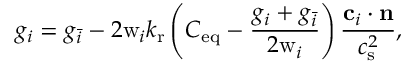
g _ { i } = g _ { \bar { i } } - 2 \mathrm { w } _ { i } k _ { \mathrm { r } } \left( C _ { \mathrm { e q } } - \frac { g _ { i } + g _ { \bar { i } } } { 2 \mathrm { w } _ { i } } \right) \frac { \mathbf { c } _ { i } \cdot \mathbf { n } } { c _ { \mathrm { s } } ^ { 2 } } ,